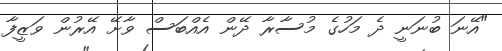
"އޭނަ ބުނަނީ ދެ މަހުގެ މުސާރާ ދޭން އެއްބަސް ވާށޭ އޭރުން ވަޒީފާ